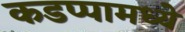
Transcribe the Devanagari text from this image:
कडप्पामध्ये